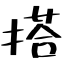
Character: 搭